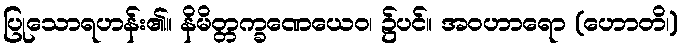
ပြုသောရဟန်း၏။ နိမိတ္တက္ခဏေယေဝ၊ ၌ပင်။ အဝဟာရော (ဟောတိ၊)